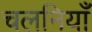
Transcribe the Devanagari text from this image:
चलनियाँ